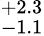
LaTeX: ^{+2.3}_{-1.1}